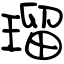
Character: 瑠